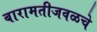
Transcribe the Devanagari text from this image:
बारामतीजवळचे